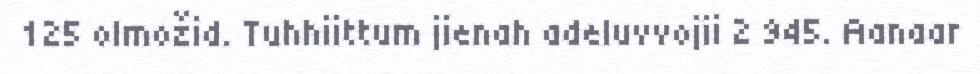
125 olmožid. Tuhhiittum jienah adeluvvojii 2 945. Aanaar